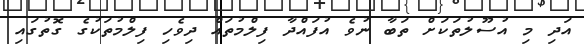
އަދި މި އުސޫލުތަކަށް ތަބާ ނުވެ އުފައްދާ ފިލްމުތައް ދިވެހި ފިލްމުތަކުގެ ގޮތުގައި